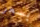
بسعر